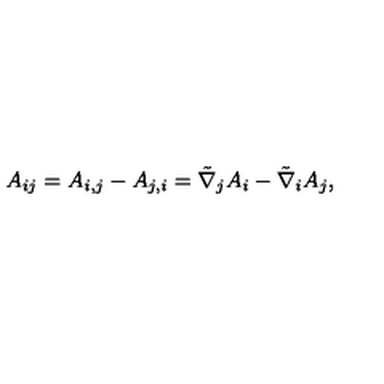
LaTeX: A _ { i j } = A _ { i , j } - A _ { j , i } = \tilde { \nabla } _ { j } A _ { i } - \tilde { \nabla } _ { i } A _ { j } ,